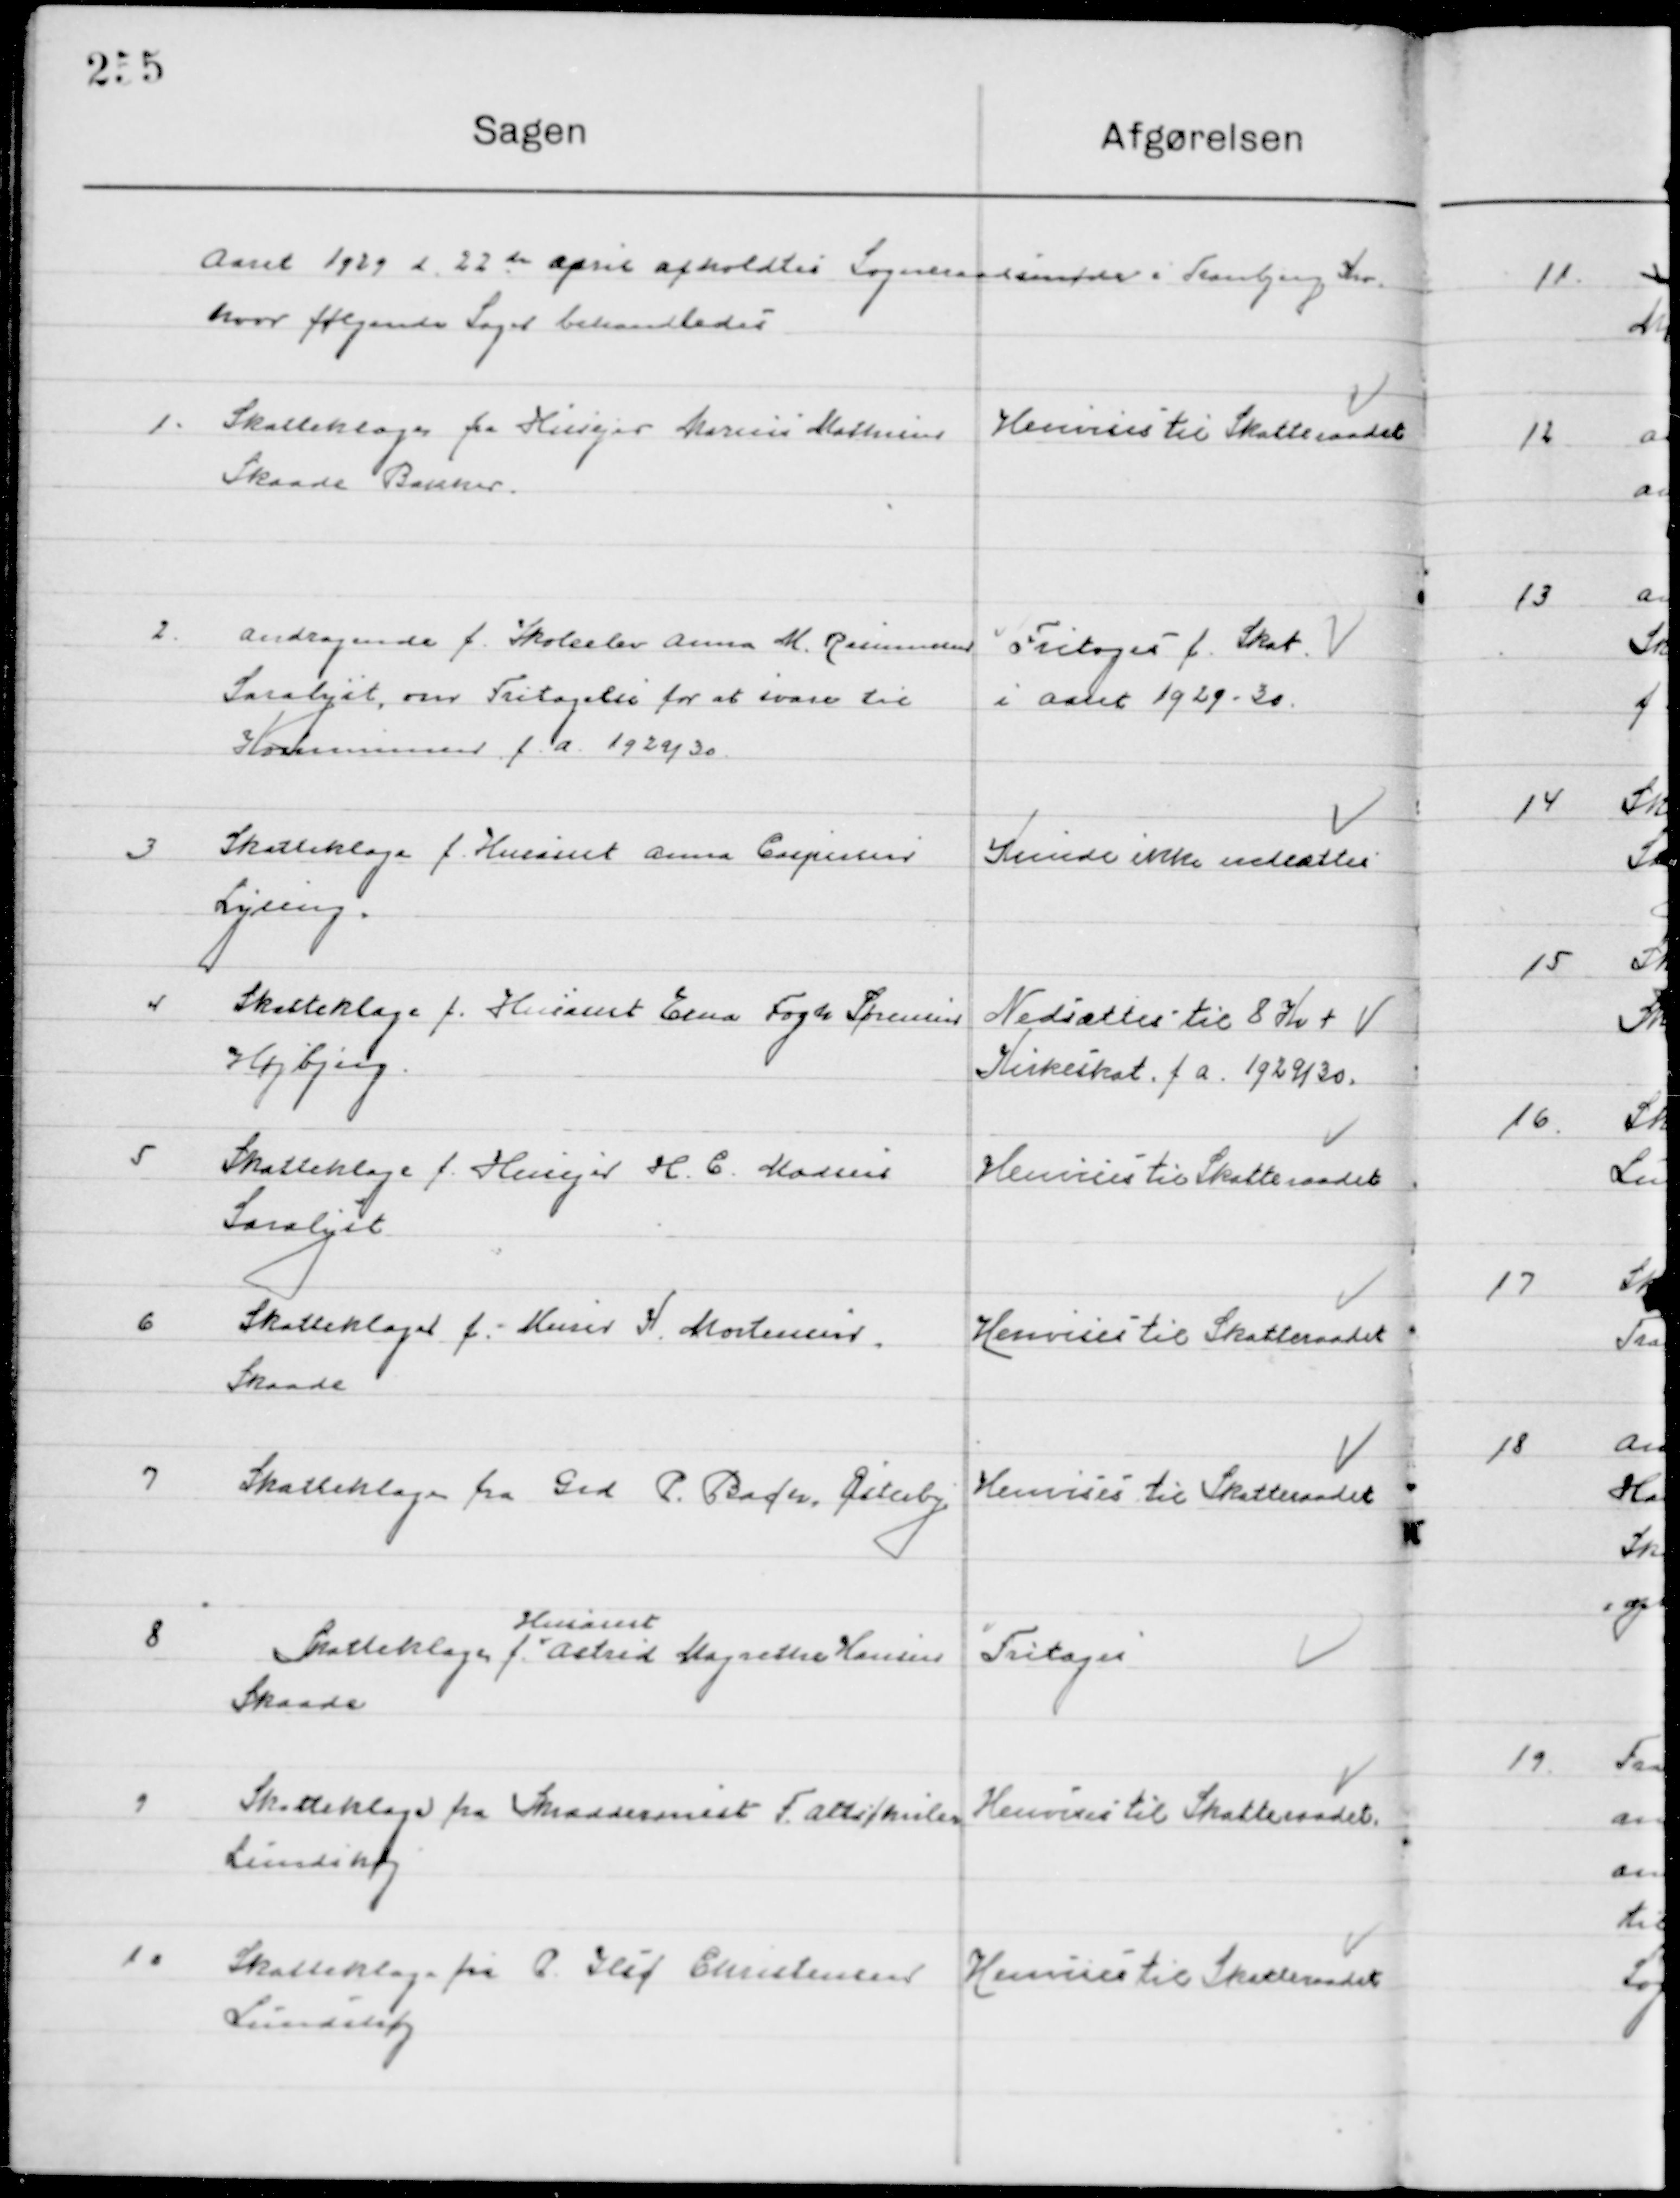
Transskription:
Aaret 1929 d. 22de April  afholdt Sogneraadsmøde i Tranbjerg Kro 
hvor følgende Sager behandledes.

1

Skatteklage fra Husejer Marius Madsen
Skaade Bakker

Henvises til Skatteraadet

2

Andragende f. Skoleelev Anna M. Rasmussen
Saralyst om Fritagelse fra at svare til
Kommuneskat f. a. 1929-30

Fritages f. Skat
I aaret 1929-30

3

Skatteklage f. Husassistent Anna Caspersen
Lyseng

Kunde ikke nedsættes

4

Skatteklage f. Husassist. Erna Fogh Sørensen 
Højbjerg

Nedsættes til 8 Kr. +
Kirkeskat f. a. 1929/30

5

Skatteklage f. husejer H. C. Madsen
Saralyst

Henvises til Skatteraadet

6

Skatteklage f. Hans S. Mortensen
Skaade

Henvises til Skatteraadet

7

Skatteklage fra Grd. P. Bach, Østerby

Henvises til Skatteraadet

8

Skatteklage f. 
Husassist.
Astrid Margrethe Hansen
Skaade

Fritages

9

Skatteklage fra Skræddermest F. 
Lundshøj

Henvises til Skatteraadet

10

Skatteklage fra P Leif Christensen
Lundshøj

Henvises til Skatteraadet